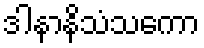
ဒါနာနိသံသကော